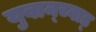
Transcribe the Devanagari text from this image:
युवान्च्वाड्